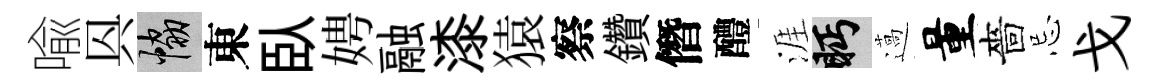
喩㒷協東臥娉融漆猿察鑽僭醴涯眄薖量嗇忌戈